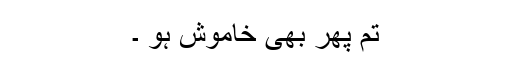
تم پھر بھی خاموش ہو ۔